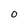
Character: 0